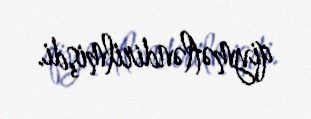
qiymətləndirilmişdi.